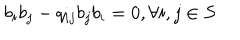
LaTeX: b _ { i } b _ { j } - q _ { i j } b _ { j } b _ { i } = 0 , \forall i , j \in S